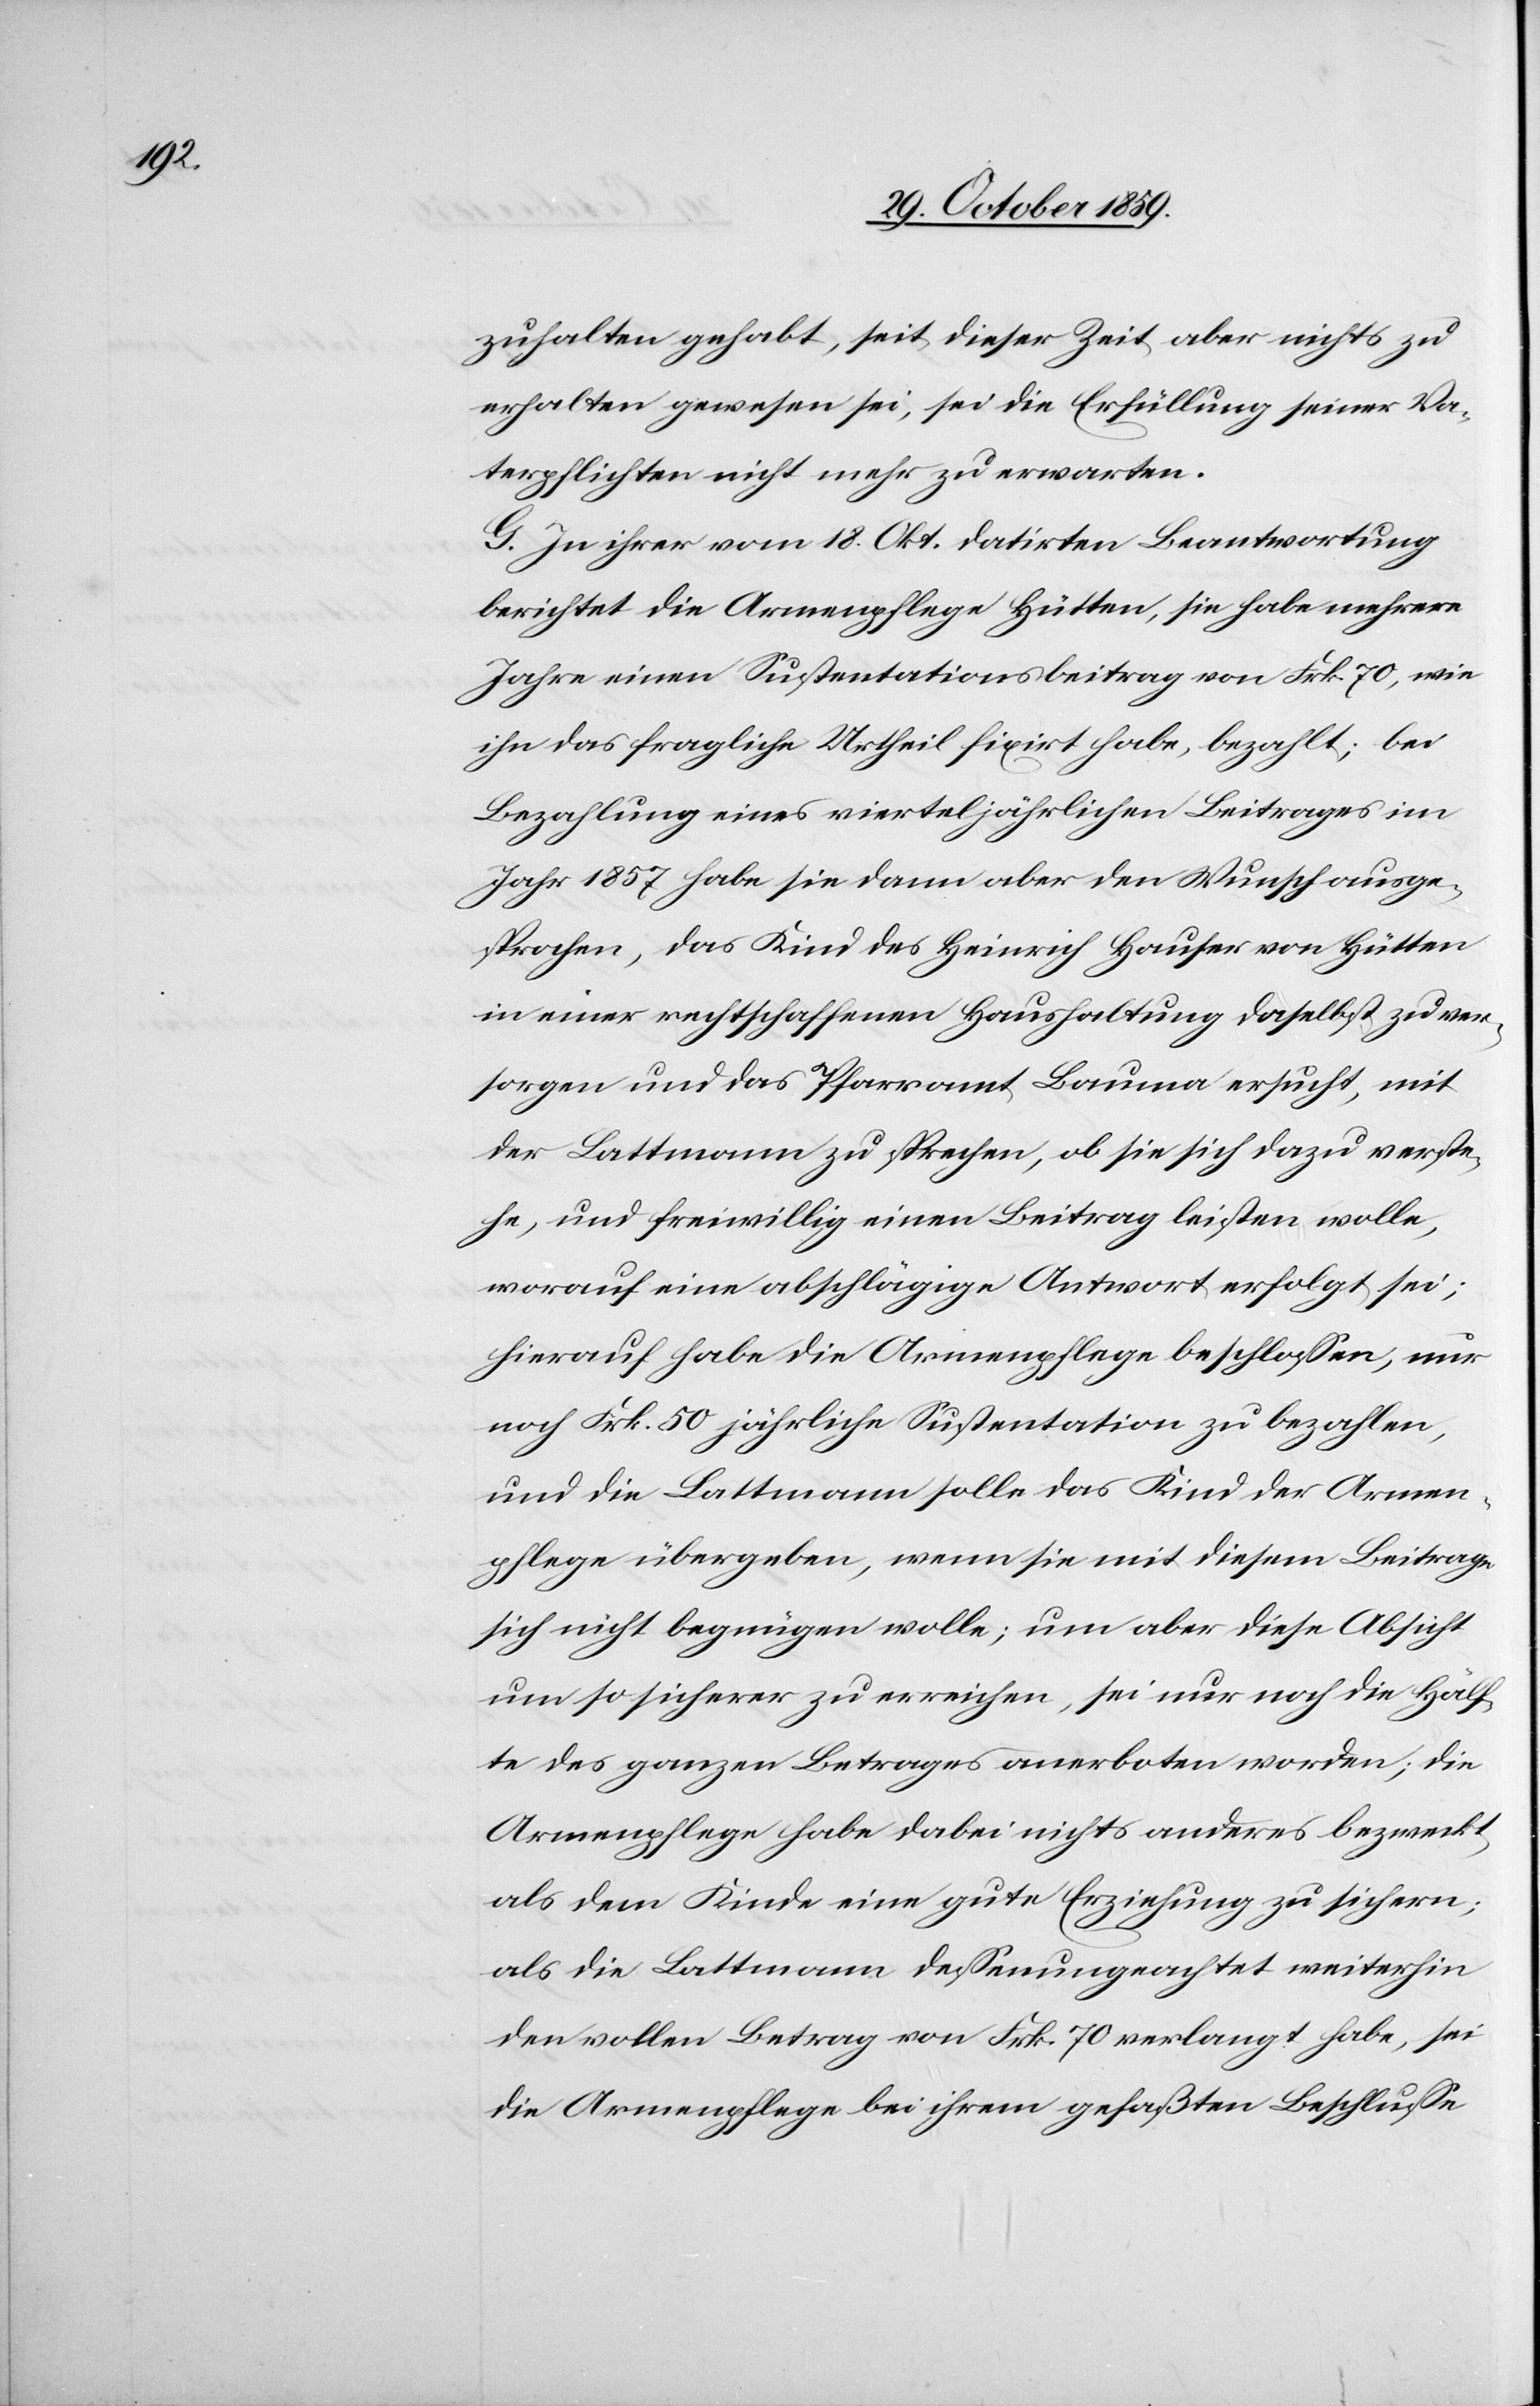
zuhalten gehabt, seit dieser Zeit aber nichts zu
erhalten gewesen sei, sei die Erfüllung seiner Va¬
terpflichten nicht mehr zu erwarten.
G. In ihrer vom 18. Okt. datirten Beantwortung
berichtet die Armenpflege Hütten, sie habe mehrere
Jahre einen Sustentationsbeitrag von Frk. 70, wie
ihn das fragliche Urtheil fixirt habe, bezahlt; bei
Bezahlung eines vierteljährlichen Beitrages im
Jahr 1857 habe sie dann aber den Wunsch ausge¬
sprochen, das Kind des Heinrich Hauser von Hütten
in einer rechtschaffenen Haushaltung daselbst zu ver¬
sorgen und das Pfarramt Bauma ersucht, mit
der Lattmann zu sprechen, ob sie sich dazu verste¬
he, und freiwillig einen Beitrag leisten wolle,
worauf eine abschlägige Antwort erfolgt sei;
herauf habe die Armenpflege beschlossen, nur
noch Frk. 50 jährliche Sustentation zu bezahlen,
und die Lattmann solle das Kind der Armen¬
pflege übergeben, wenn sie mit diesem Beitrage
sich nicht begnügen wolle; um aber diese Absicht
um so sicherer zu erreichen, sei nur noch die Hälf¬
te des ganzen Betrages anerboten worden; die
Armenpflege habe dabei nichts anderes bezweckt,
als dem Kinde eine gute Erziehung zu sichern;
als die Lattmann dessenungeachtet weiterhin
den vollen Betrag von Frk. 70 verlangt habe, sei
die Armenpflege bei ihrem gefaßten Beschlusse